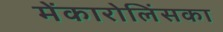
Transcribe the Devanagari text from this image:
मेंकारोलिंसका